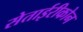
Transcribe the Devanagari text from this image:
सेताईरीकोन